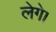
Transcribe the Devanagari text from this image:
लेगे।